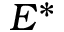
E ^ { * }